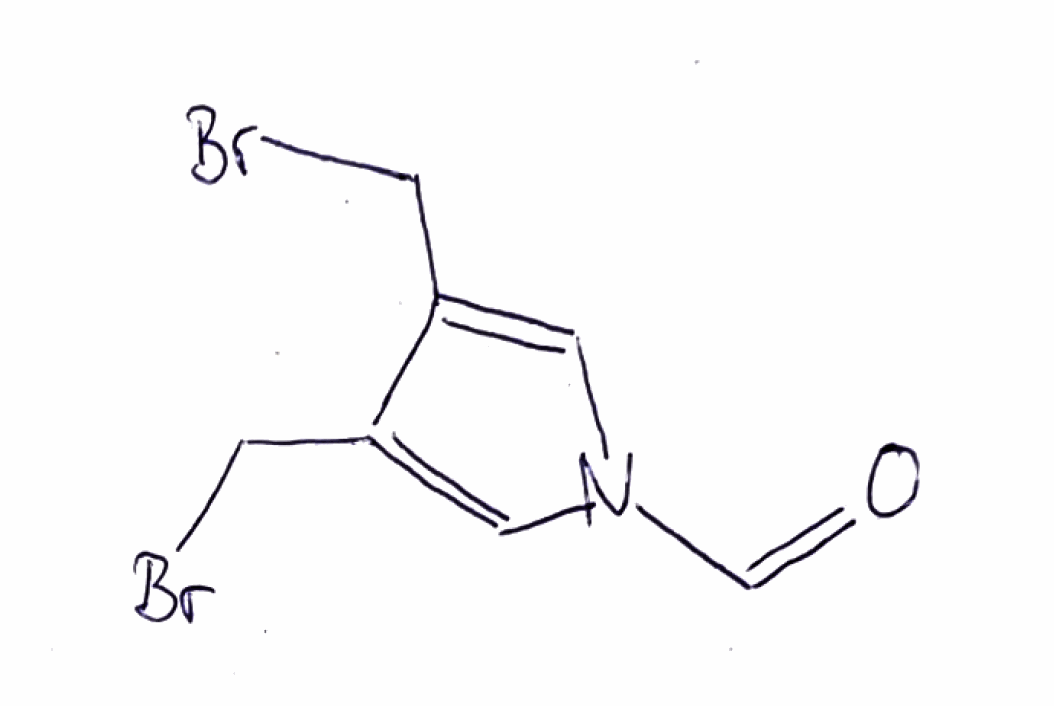
Simplified molecular-input line-entry system (SMILES) notation of the given molecule:
C1=C(C(=CN1C=O)CBr)CBr